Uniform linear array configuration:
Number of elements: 48
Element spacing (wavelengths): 0.5
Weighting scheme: hann
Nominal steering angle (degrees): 0
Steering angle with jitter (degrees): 1.226
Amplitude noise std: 0.05
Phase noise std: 0.05

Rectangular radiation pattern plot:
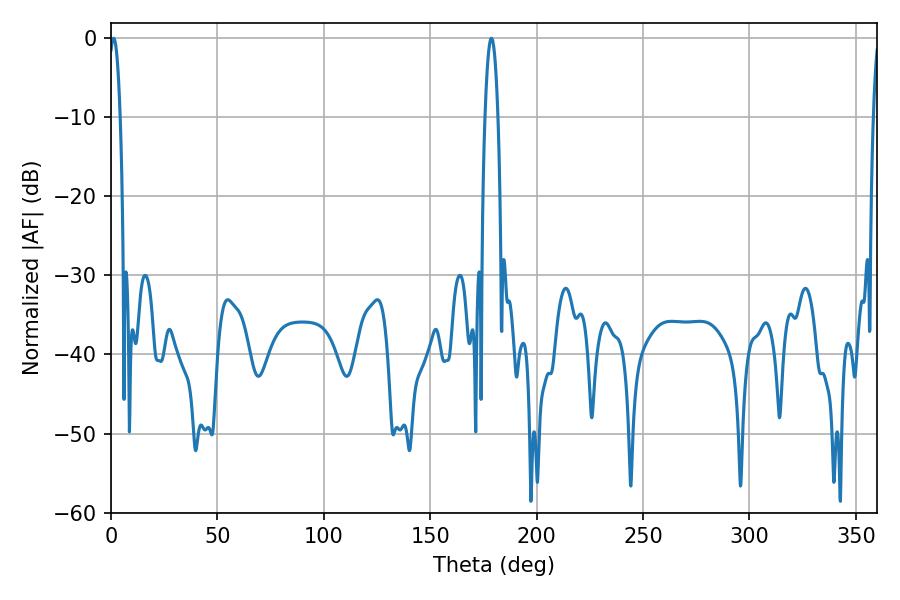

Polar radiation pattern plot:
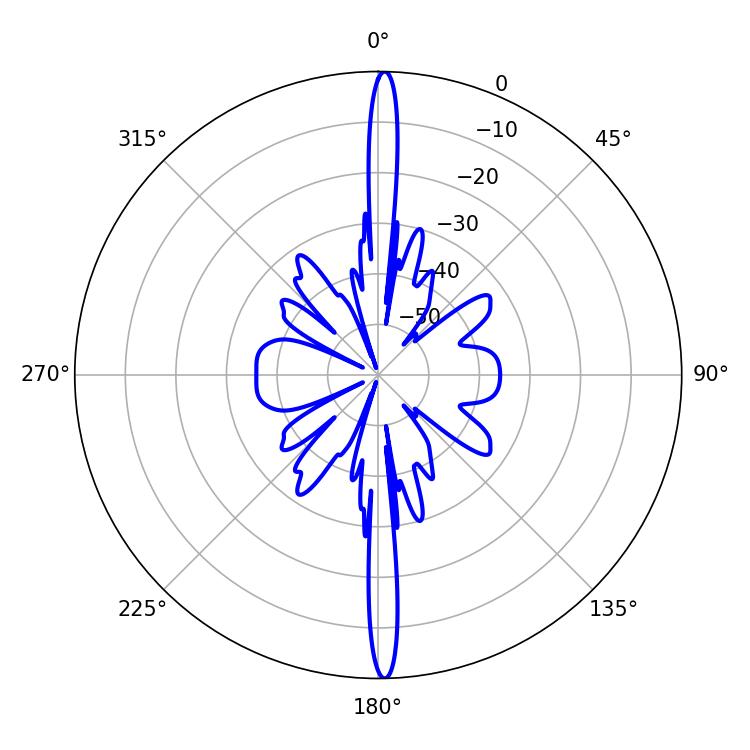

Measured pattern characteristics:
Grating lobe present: FALSE
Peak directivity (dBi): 28.602
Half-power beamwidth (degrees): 2.88
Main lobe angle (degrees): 1.26